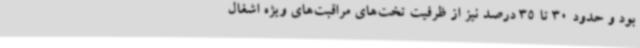
بود و حدود 30 تا 35 درصد نیز از ظرفیت تخت‌های مراقبت‌های ویژه اشغال